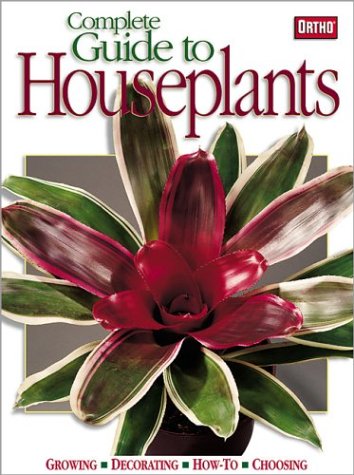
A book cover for Complete Guide to Houseplants; Ortho; Crafts, Hobbies & Home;